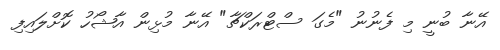
އޭނާ ބުނީ މި ފެނުނު "މެގަ ސްޓްރަކްޗާ" އޭނާ މުޅިން އާޝޯހު ކޮށްލައިފި